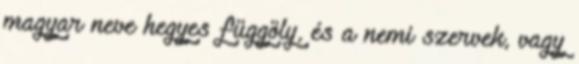
magyar neve hegyes függöly, és a nemi szervek, vagy